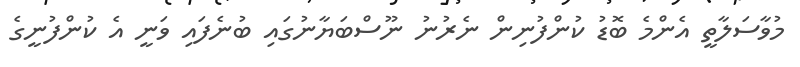
މުވާސަލާތީ އެންމެ ބޮޑު ކުންފުނިން ނެރުނު ނޫސްބަޔާނުގައި ބުނެފައި ވަނީ އެ ކުންފުނީގެ